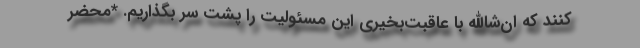
کنند که ان‌شاالله با عاقبت‌بخیری این مسئولیت را پشت سر بگذاریم. *محضر